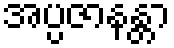
အပ္ပဇာနန္တာ